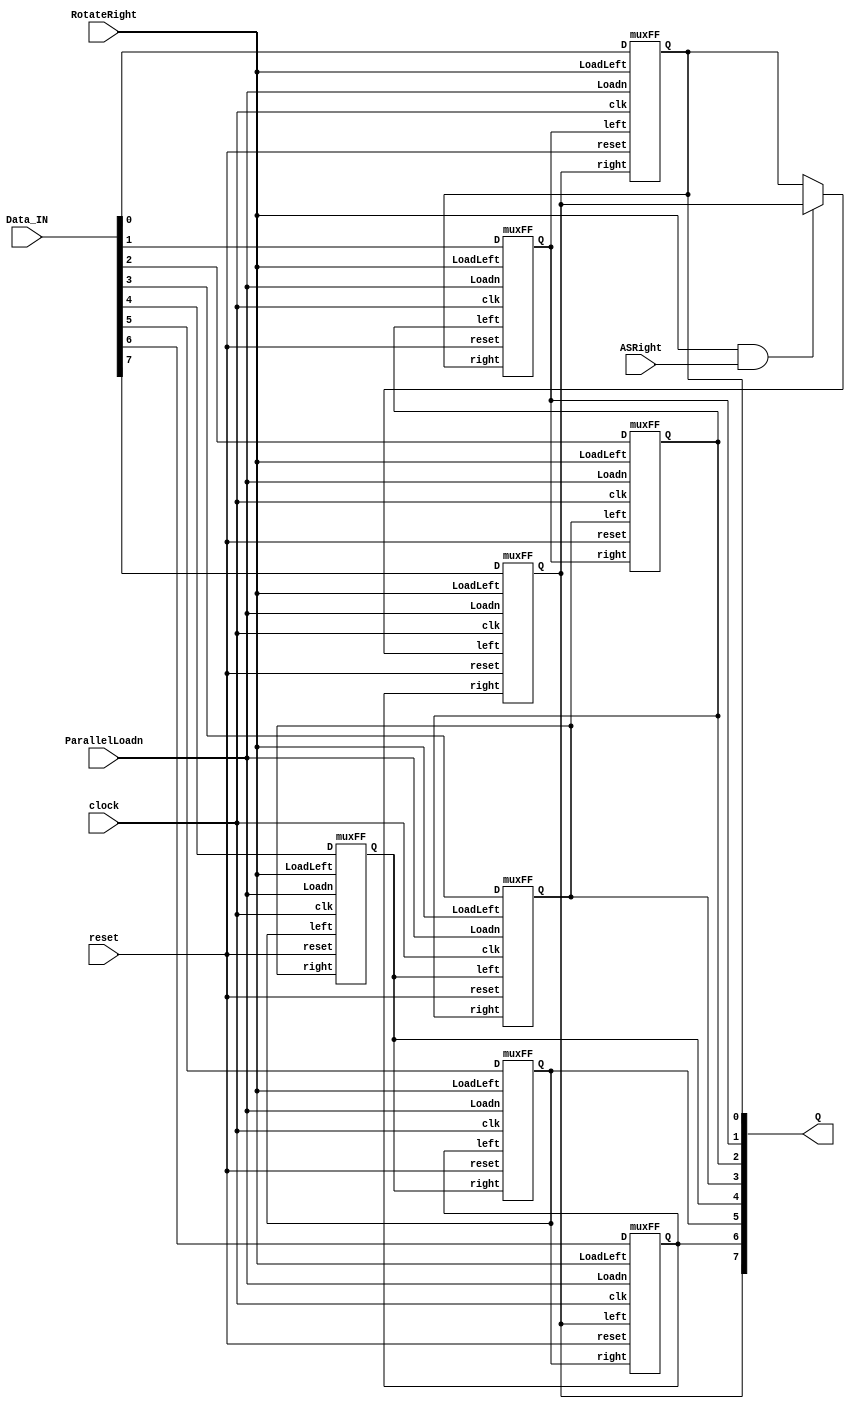
`timescale 1ns / 1ns // `timescale time_unit/time_precision


module part3(clock, reset, ParallelLoadn, RotateRight, ASRight, Data_IN, Q);

	input clock, reset, ParallelLoadn, RotateRight, ASRight;
	input [7:0] Data_IN; 
	output [7:0] Q;
	//initiate 8 of the modules??? wtf am i even doing?
	//to rotate right you have to load the bits on the left therefore RotateRight = LoadLeft, 
	
	wire temp_Q7;
	assign temp_Q7 = (RotateRight && ASRight) ? Q[7]: Q[0];
	
	muxFF u0(.clk(clock), .reset(reset), .right(Q[7]), .left(Q[1]), .LoadLeft(RotateRight), .Loadn(ParallelLoadn), .D(Data_IN[0]), .Q(Q[0]));
	
	muxFF u1(.clk(clock), .reset(reset), .right(Q[0]), .left(Q[2]), .LoadLeft(RotateRight), .Loadn(ParallelLoadn), .D(Data_IN[1]), .Q(Q[1]));
	
	muxFF u2(.clk(clock), .reset(reset), .right(Q[1]), .left(Q[3]), .LoadLeft(RotateRight), .Loadn(ParallelLoadn), .D(Data_IN[2]), .Q(Q[2]));
	
	muxFF u3(.clk(clock), .reset(reset), .right(Q[2]), .left(Q[4]), .LoadLeft(RotateRight), .Loadn(ParallelLoadn), .D(Data_IN[3]), .Q(Q[3]));
	
	muxFF u4(.clk(clock), .reset(reset), .right(Q[3]), .left(Q[5]), .LoadLeft(RotateRight), .Loadn(ParallelLoadn), .D(Data_IN[4]), .Q(Q[4]));
	
	muxFF u5(.clk(clock), .reset(reset), .right(Q[4]), .left(Q[6]), .LoadLeft(RotateRight), .Loadn(ParallelLoadn), .D(Data_IN[5]), .Q(Q[5]));
	
	muxFF u6(.clk(clock), .reset(reset), .right(Q[5]), .left(Q[7]), .LoadLeft(RotateRight), .Loadn(ParallelLoadn), .D(Data_IN[6]), .Q(Q[6]));
	
	muxFF u7(.clk(clock), .reset(reset), .right(Q[6]), .left(temp_Q7), .LoadLeft(RotateRight), .Loadn(ParallelLoadn), .D(Data_IN[7]), .Q(Q[7]));
	
endmodule

module muxFF(clk, reset, right, left, LoadLeft, Loadn, D, Q);
	//if LoadLeft = 1 then left value goes in
	
	input clk, reset, right, left, LoadLeft, Loadn, D;
	output Q;
	wire D1, D2;
	
	mux2to1 u0(.x(right), .y(left), .s(LoadLeft), .f(D1));
				  
	mux2to1 u1(.x(D), .y(D1), .s(Loadn), .f(D2));
	
	FF u3(.clk(clk), .reset(reset), .D(D2), .Q(Q));
	
endmodule


module mux2to1(x, y, s, f);
	input x, y, s;
	output f;
	
	assign f = s ? y:x;
endmodule


module FF(clk, reset, D, Q);
	input clk, reset, D; 
	output reg Q; 
	
	always@(posedge clk)
	begin
		
		if (reset == 1'b1)
			Q <= 1'b0;
		else
			Q <= D;
		
	end
	
endmodule